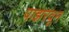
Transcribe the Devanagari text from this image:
पाझरवून